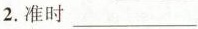
2.准时___